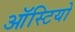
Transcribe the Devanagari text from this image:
ऑस्टियो